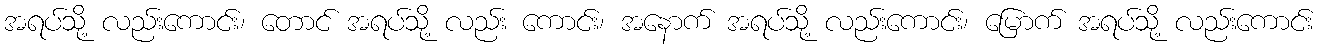
အရပ်သို့ လည်းကောင်း၊ တောင် အရပ်သို့ လည်း ကောင်း၊ အနောက် အရပ်သို့ လည်းကောင်း၊ မြောက် အရပ်သို့ လည်းကောင်း